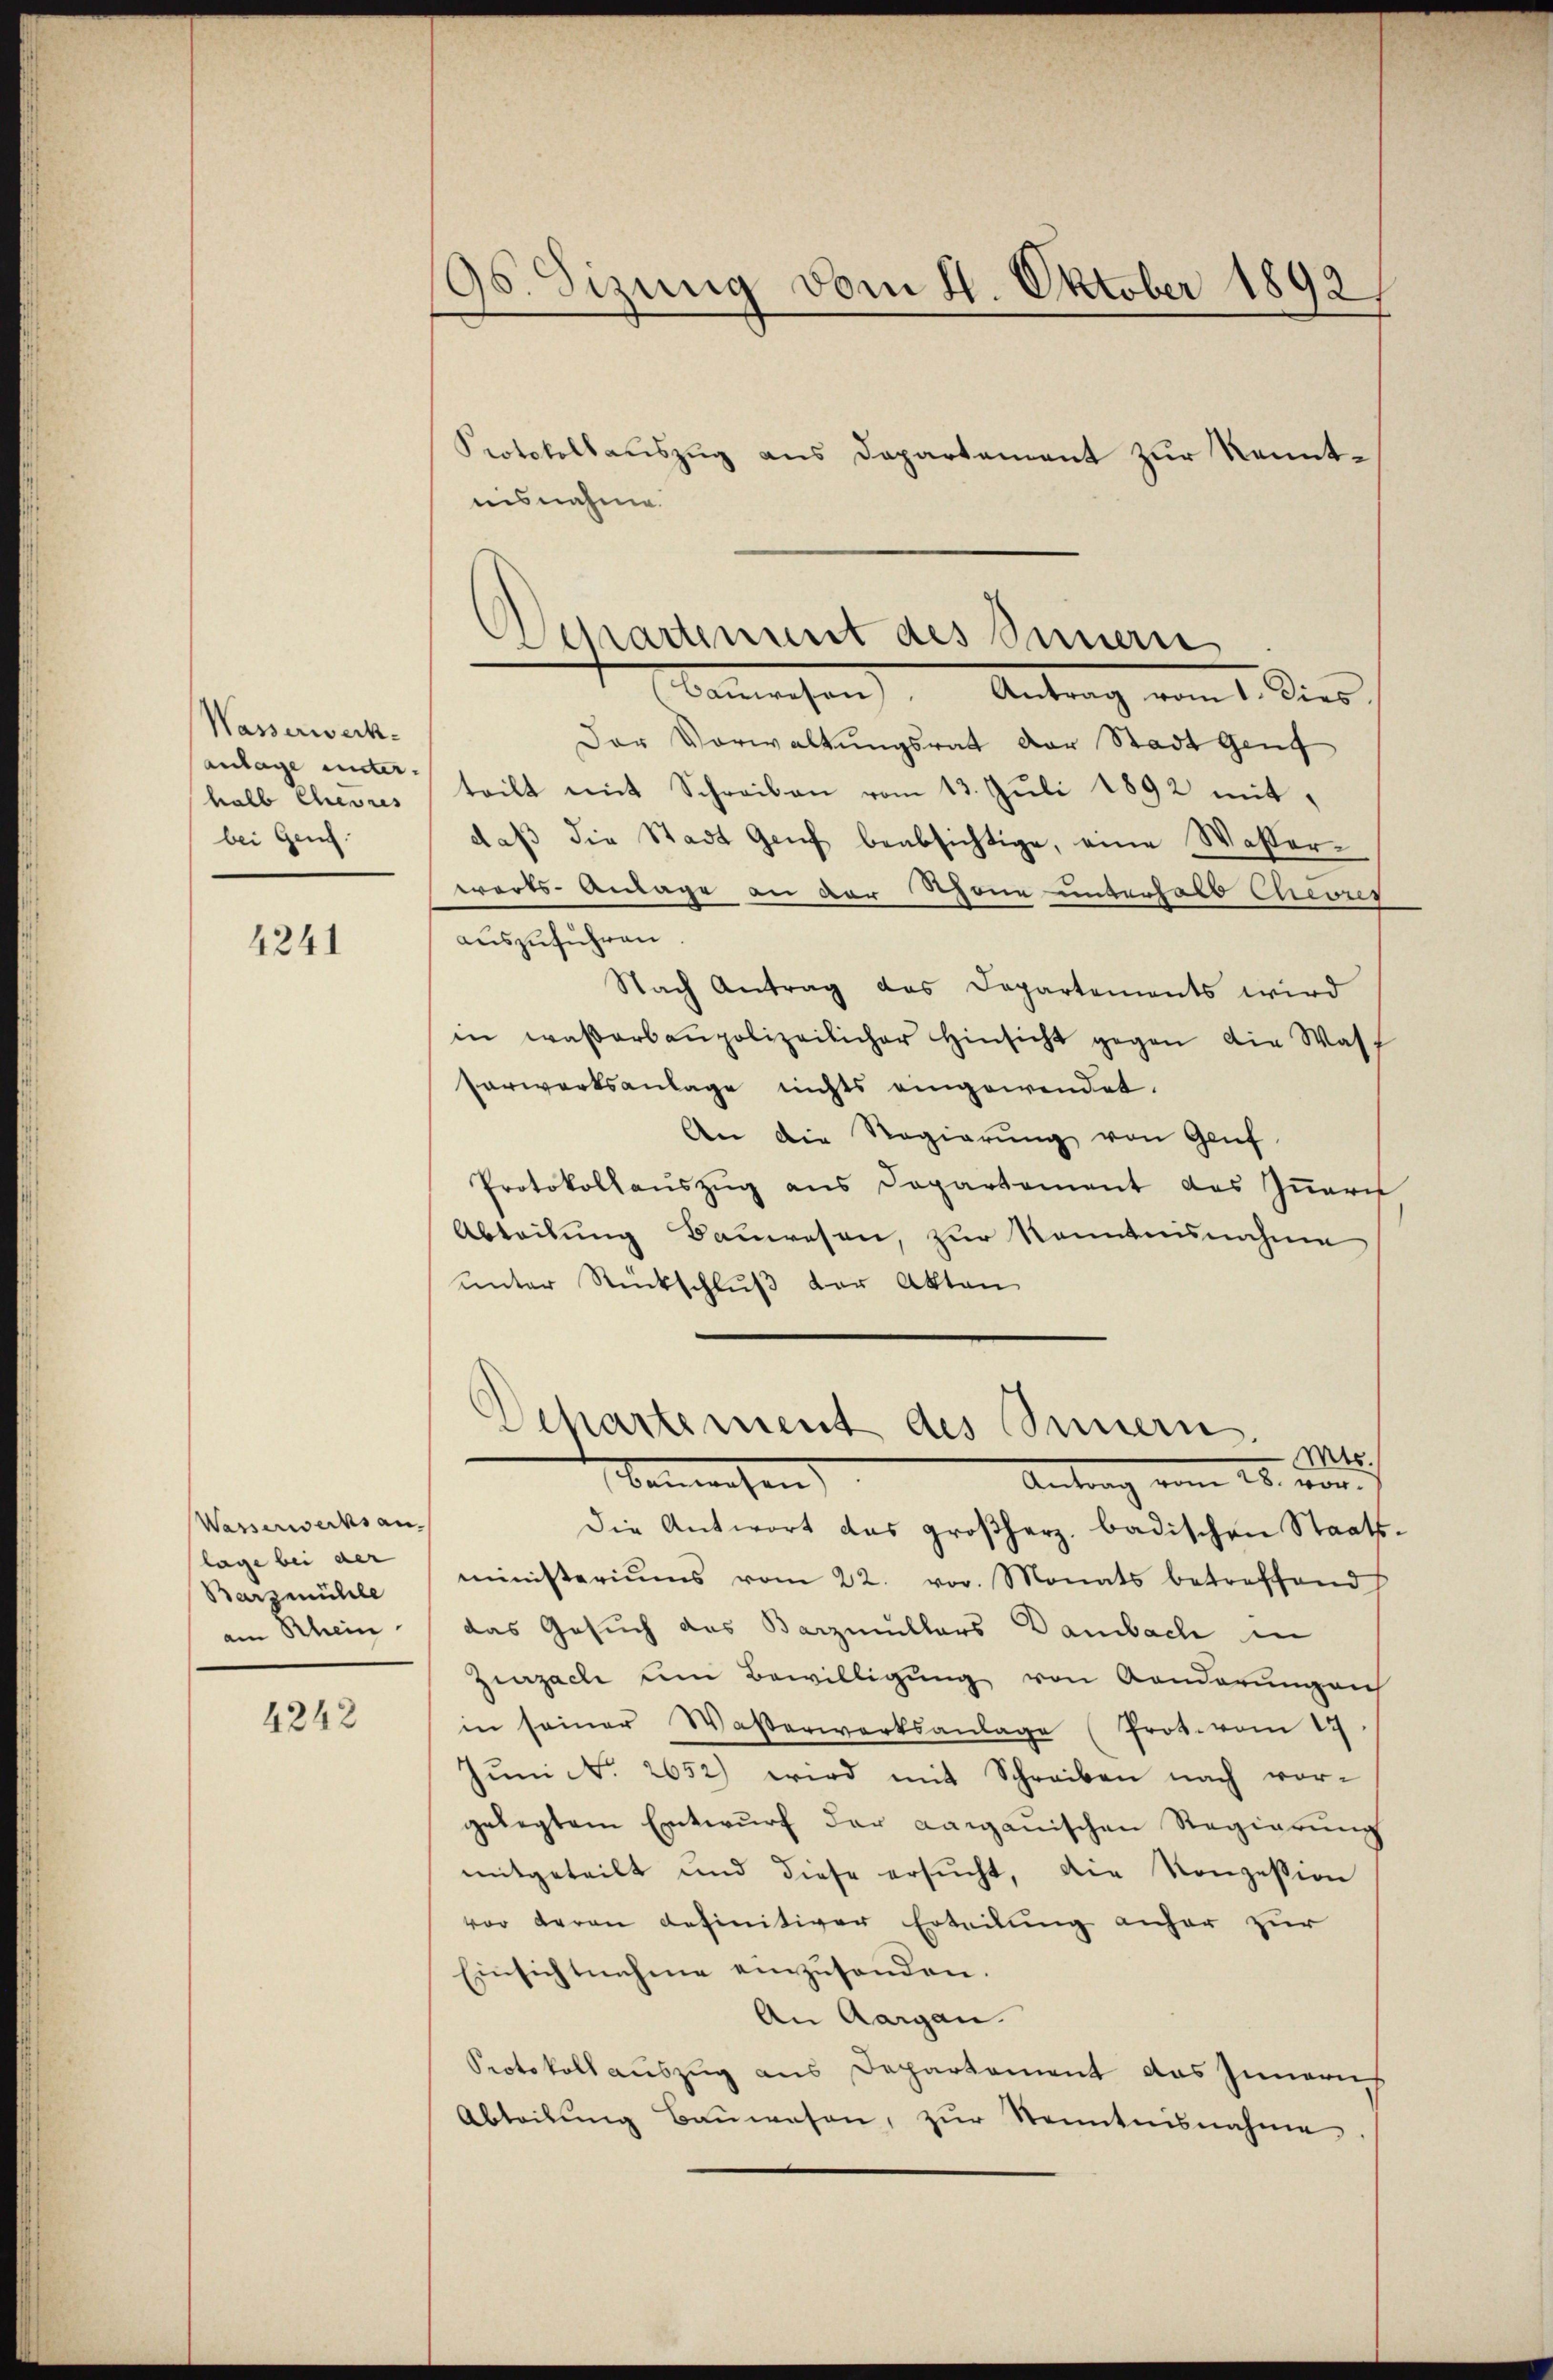
Wasserweckanlage unterhalb Chevres
bei Genf.

4241

Wasserwerksan.
lage bei der
Barzmühle
am Rhein

4242

95. Sizung vom 11. Oktober 1892.

Protokollauszug aus Departement zur Kenntnisnahme.
benwesen), Antrag vom 1. Dies
Der Vorwaltungsrat der Stadt Genf
teilt mit Schreiben vom 13. Juli 1892 mit,
daß die Stadt Genf beabsichtige, eine Wasserworts- Anlage an der Schöne unterhalb Chevres
auszuführen
Nach Antrag das Departements wird
in waßerbaupolizeilicher Hinsicht gegen die Wash
Vorwortsanlage nichts eingewendet.
An die Regierung von Genf.
Protokollauszug aus Departement des Inneri
Abteilung Bauwesen, zur Kenntnisnahme
unter Rückschluß der Akten
Departement des Innern.
Mts.
benwesen
Antrag vom 28. vor¬
Die Antwort das großherz badischen Staats
ministeriums vom 22. vor. Monats betreffend
das Gesuch das Barzmüllers Dambach in
Zurzach um Bewilligung von Aenderungen
in seiner Waßerwerksanlage (Prok. vom 17
Jŭni N. 2652) wird mit Schreiben nach vor-
gelegtem Entwurf der aargauischen Regierung
mitgeteilt und diese ersŭcht, die Konzession
vor deran definitiver Erteilung anher zur
Einsichtnahme einzusenden.
An Aargau.
Protokoll auszug aus Departement das Innerich
Abteilung Bauwesen, zur Kenntnisnahme

Departement des Innern